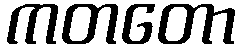
ကတတော